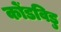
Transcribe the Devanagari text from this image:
कोंडविडु